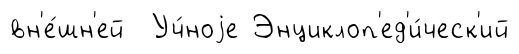
вн'е́шн'ей Уч́ноjе Энциклоп'ед'и́ческ'ий